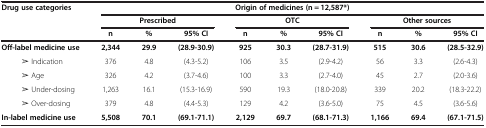
<table><thead><tr><td rowspan="3"><b>Drug use categories</b></td><td colspan="9"><b>Origin of medicines (n = 12,587*)</b></td></tr><tr><td colspan="3"><b>Prescribed</b></td><td colspan="3"><b>OTC</b></td><td colspan="3"><b>Other sources</b></td></tr><tr><td><b>n</b></td><td><b>%</b></td><td><b>95% CI</b></td><td><b>n</b></td><td><b>%</b></td><td><b>95% CI</b></td><td><b>n</b></td><td><b>%</b></td><td><b>95% CI</b></td></tr></thead><tbody><tr><td><b>Off-label medicine use</b></td><td><b>2,344</b></td><td><b>29.9</b></td><td><b>(28.9-30.9)</b></td><td><b>925</b></td><td><b>30.3</b></td><td><b>(28.7-31.9)</b></td><td><b>515</b></td><td><b>30.6</b></td><td><b>(28.5-32.9)</b></td></tr><tr><td>➢ Indication</td><td>376</td><td>4.8</td><td>(4.3-5.2)</td><td>106</td><td>3.5</td><td>(2.9-4.2)</td><td>56</td><td>3.3</td><td>(2.6-4.3)</td></tr><tr><td>➢ Age</td><td>326</td><td>4.2</td><td>(3.7-4.6)</td><td>100</td><td>3.3</td><td>(2.7-4.0)</td><td>45</td><td>2.7</td><td>(2.0-3.6)</td></tr><tr><td>➢ Under-dosing</td><td>1,263</td><td>16.1</td><td>(15.3-16.9)</td><td>590</td><td>19.3</td><td>(18.0-20.8)</td><td>339</td><td>20.2</td><td>(18.3-22.2)</td></tr><tr><td>➢ Over-dosing</td><td>379</td><td>4.8</td><td>(4.4-5.3)</td><td>129</td><td>4.2</td><td>(3.6-5.0)</td><td>75</td><td>4.5</td><td>(3.6-5.6)</td></tr><tr><td><b>In-label medicine use</b></td><td><b>5,508</b></td><td><b>70.1</b></td><td><b>(69.1-71.1)</b></td><td><b>2,129</b></td><td><b>69.7</b></td><td><b>(68.1-71.3)</b></td><td><b>1,166</b></td><td><b>69.4</b></td><td><b>(67.1-71.5)</b></td></tr></tbody></table>